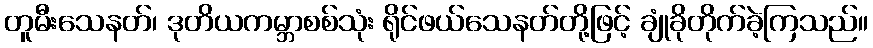
တူမီးသေနတ်၊ ဒုတိယကမ္ဘာစစ်သုံး ရိုင်ဖယ်သေနတ်တို့ဖြင့် ချုံခိုတိုက်ခဲ့ကြသည်။